Vaccine operations Central Provinces 1900-1911 - 1900-1911
Year: 1900
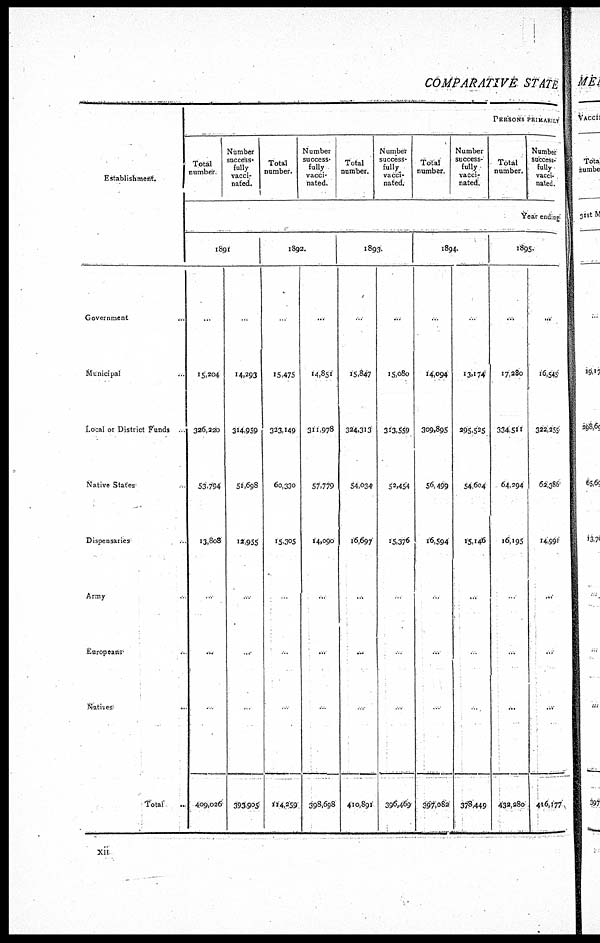
COMPARATIVE STATE
Establishment.
Government ...
Municipal ...
Local or District Funds ...
Native States ...
Dispensaries ...
Army ...
Europeans ...
Natives
...
Total ...
PERSONS PRIMARILY
Total
number.
Number
success¬
fully
vacci-
nated.
Total
number.
Number
success¬
fully
vacci-
nated.
Total
number.
Number
success-
fully
vacci-
nated.
Total
number.
Number
success-
fully
vacci-
nated.
Total
number.
Number
success-
fully
vacci-
nated.
Year ending
1891
...
15,204
326,220
53,794
13,808
...
...
...
409,026
...
14,293
314,959
51,698
12,955
...
...
...
393,905
1892.
...
15,475
323,149
60,330
15,305
...
...
...
114,259
...
14,851
311,978
57,779
14,090
...
...
...
398,698
1893.
...
15,847
324,313
54,034
16,697
...
...
...
410,891
...
15,080
313,559
52,454
15,376
...
...
...
396,469
1894.
...
14,094
309,895
56,499
16,594
...
...
...
397,082
...
13,174
295,525
54,604
15,146
...
...
...
378,449
1895.
...
17,280
334,511
64,294
16,195
...
...
...
432,280
...
16,545
322,255
62,386
14,991
...
...
...
416,177
xii